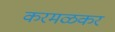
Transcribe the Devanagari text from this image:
करमळकर